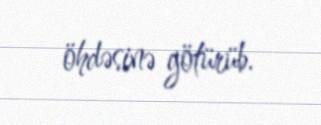
öhdəsinə götürüb.